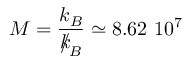
M = \frac { k _ { B } } { { \slash \! \! \! k } _ { \! { B } } } \simeq 8 . 6 2 \ 1 0 ^ { 7 }